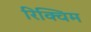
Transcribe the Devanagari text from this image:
रिक्विम